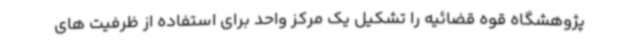
پژوهشگاه قوه قضائیه را تشکیل یک مرکز واحد برای استفاده از ظرفیت های